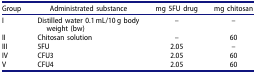
<table><thead><tr><td><b>Group</b></td><td><b>Administrated substance</b></td><td><b>mg 5FU drug</b></td><td><b>mg chitosan</b></td></tr></thead><tbody><tr><td>I</td><td>Distilled water 0.1 mL/10 g body weight (bw)</td><td>–</td><td>–</td></tr><tr><td>II</td><td>Chitosan solution</td><td>–</td><td>60</td></tr><tr><td>III</td><td>5FU</td><td>2.05</td><td>–</td></tr><tr><td>IV</td><td>CFU3</td><td>2.05</td><td>60</td></tr><tr><td>V</td><td>CFU4</td><td>2.05</td><td>60</td></tr></tbody></table>